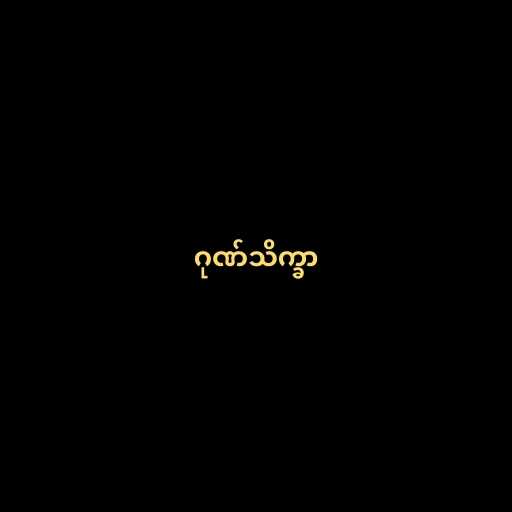
ဂုဏ်သိက္ခာ